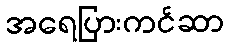
အရေပြားကင်ဆာ